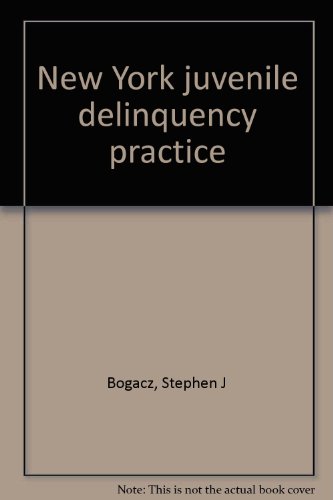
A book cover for New York juvenile delinquency practice; Stephen J. Bogacz; Law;